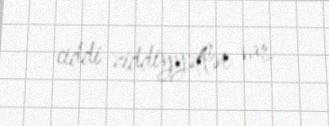
ciddi ziddiyyətlər var.